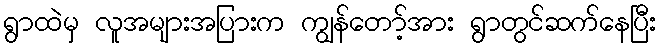
ရွာထဲမှ လူအများအပြားက ကျွန်တော့်အား ရွာတွင်ဆက်နေပြီး